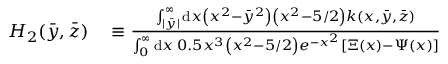
\begin{array} { r l } { H _ { 2 } ( \Bar { y } , \Bar { z } ) } & { { } \equiv \frac { \int _ { | \bar { y } | } ^ { \infty } \mathrm { d } x \left( x ^ { 2 } - \bar { y } ^ { 2 } \right) \left( x ^ { 2 } - 5 / 2 \right) k ( x , \bar { y } , \bar { z } ) } { \int _ { 0 } ^ { \infty } \mathrm { d } x \: 0 . 5 x ^ { 3 } \left( x ^ { 2 } - 5 / 2 \right) e ^ { - x ^ { 2 } } [ \Xi ( x ) - \Psi ( x ) ] } } \end{array}